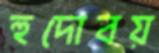
হুদোবয়